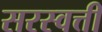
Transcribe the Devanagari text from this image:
सरस्वत्ती